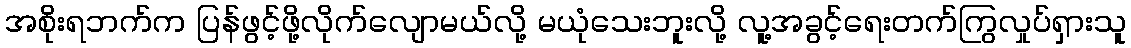
အစိုးရဘက်က ပြန်ဖွင့်ဖို့လိုက်လျောမယ်လို့ မယုံသေးဘူးလို့ လူ့အခွင့်ရေးတက်ကြွလှုပ်ရှားသူ